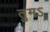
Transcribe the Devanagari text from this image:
तुमऽ